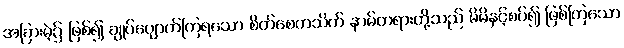
အခြားမဲ့၌ ဖြစ်၍ ချုပ်ပျောက်ကြရသော စိတ်စေတသိက် နာမ်တရားတို့သည် မိမိနှင့်စပ်၍ ဖြစ်ကြသော